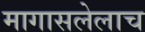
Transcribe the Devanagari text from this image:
मागासलेलाच